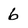
Character: 6